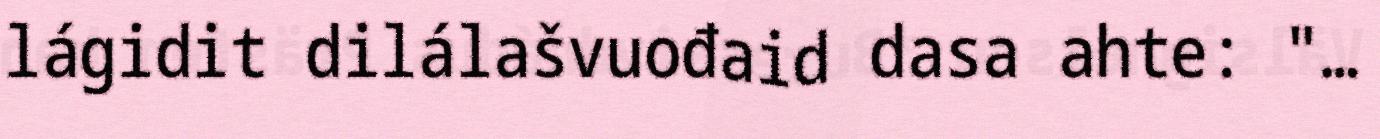
lágidit dilálašvuođaid dasa ahte: "…